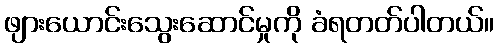
ဖျားယောင်းသွေးဆောင်မှုကို ခံရတတ်ပါတယ်။